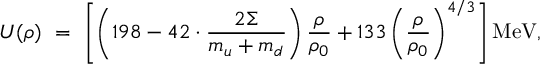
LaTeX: U ( \rho ) \ = \ \left[ \left( 1 9 8 - 4 2 \cdot \frac { 2 \Sigma } { m _ { u } + m _ { d } } \right) \frac \rho { \rho _ { 0 } } + 1 3 3 \left( \frac \rho { \rho _ { 0 } } \right) ^ { 4 / 3 } \right] \mathrm { M e V } ,